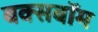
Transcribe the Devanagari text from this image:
बक्सबॉम